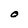
Character: O